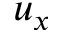
u _ { x }